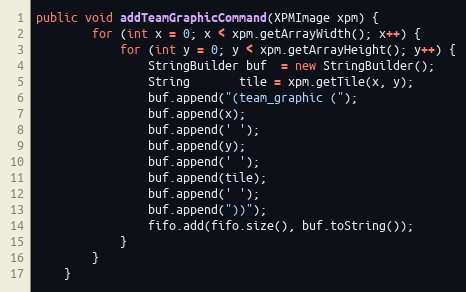
Language: Java
public void addTeamGraphicCommand(XPMImage xpm) {
        for (int x = 0; x < xpm.getArrayWidth(); x++) {
            for (int y = 0; y < xpm.getArrayHeight(); y++) {
                StringBuilder buf  = new StringBuilder();
                String       tile = xpm.getTile(x, y);
                buf.append("(team_graphic (");
                buf.append(x);
                buf.append(' ');
                buf.append(y);
                buf.append(' ');
                buf.append(tile);
                buf.append(' ');
                buf.append("))");
                fifo.add(fifo.size(), buf.toString());
            }
        }
    }